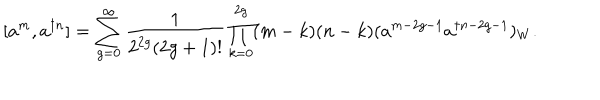
[ a ^ { m } , a ^ { \dagger n } ] = \sum _ { g = 0 } ^ { \infty } \frac { 1 } { 2 ^ { 2 g } ( 2 g + 1 ) ! } \prod _ { k = 0 } ^ { 2 g } ( m - k ) ( n - k ) ( a ^ { m - 2 g - 1 } a ^ { \dagger n - 2 g - 1 } ) _ { W } .